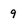
Character: 9